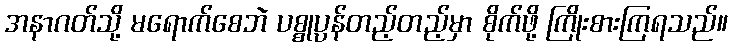
အနာဂတ်သို့ မရောက်စေဘဲ ပစ္စုပ္ပန်တည့်တည့်မှာ စိုက်ဖို့ ကြိုးစားကြရသည်။